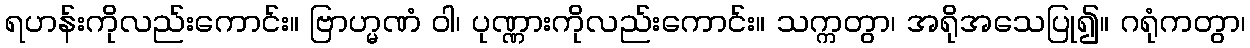
ရဟန်းကိုလည်းကောင်း။ ဗြာဟ္မဏံ ဝါ၊ ပုဏ္ဏားကိုလည်းကောင်း။ သက္ကတွာ၊ အရိုအသေပြု၍။ ဂရုံကတွာ၊